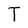
Character: T